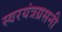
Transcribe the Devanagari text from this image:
स्वरयंत्रग्रसनी